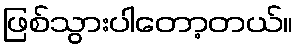
ဖြစ်သွားပါတော့တယ်။